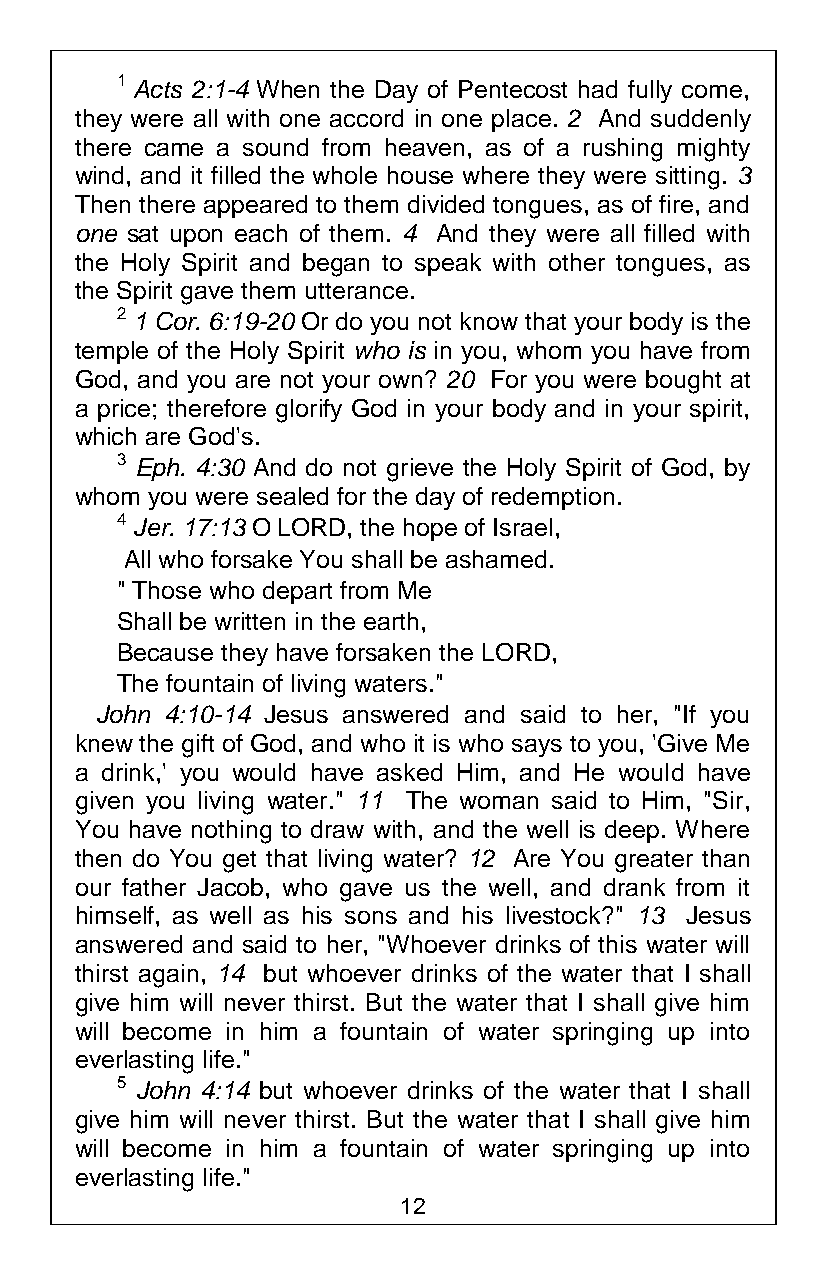
1 Acts 2:1-4 When the Day of Pentecost had fully come,
 they were all with one accord in one place. 2 And suddenly
 there came a sound from heaven, as of a rushing mighty
 wind, and it filled the whole house where they were sitting. 3
 Then there appeared to them divided tongues, as of fire, and
 one sat upon each of them. 4 And they were all filled with
 the Holy Spirit and began to speak with other tongues, as
 the Spirit gave them utterance.
 2 1 Cor. 6:19-20 Or do you not know that your body is the
 temple of the Holy Spirit who is in you, whom you have from
 God, and you are not your own? 20 For you were bought at
 a price; therefore glorify God in your body and in your spirit,
 which are God's.
 3 Eph. 4:30 And do not grieve the Holy Spirit of God, by
 whom you were sealed for the day of redemption.
 4 Jer. 17:13 O LORD, the hope of Israel,
 All who forsake You shall be ashamed.
 " Those who depart from Me
 Shall be written in the earth,
 Because they have forsaken the LORD,
 The fountain of living waters."
 John 4:10-14 Jesus answered and said to her, "If you
 knew the gift of God, and who it is who says to you, 'Give Me
 a drink,' you would have asked Him, and He would have
 given you living water." 11 The woman said to Him, "Sir,
 You have nothing to draw with, and the well is deep. Where
 then do You get that living water? 12 Are You greater than
 our father Jacob, who gave us the well, and drank from it
 himself, as well as his sons and his livestock?" 13 Jesus
 answered and said to her, "Whoever drinks of this water will
 thirst again, 14 but whoever drinks of the water that I shall
 give him will never thirst. But the water that I shall give him
 will become in him a fountain of water springing up into
 everlasting life."
 5 John 4:14 but whoever drinks of the water that I shall
 give him will never thirst. But the water that I shall give him
 will become in him a fountain of water springing up into
 everlasting life."
 12